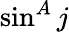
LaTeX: \sin^{A}j